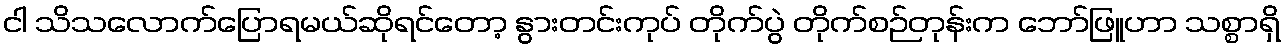
ငါ သိသလောက်ပြောရမယ်ဆိုရင်တော့ နွားတင်းကုပ် တိုက်ပွဲ တိုက်စဉ်တုန်းက ဘော်ဖြူဟာ သစ္စာရှိ